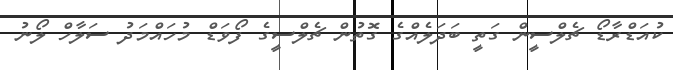
ކުއަޑްރާޑޯ ޗެލްސީން ގަތީ ބަދަލެއްގެ ގޮތުން ޗެލްސީގެ ފޯވަޑް މުހައްމަދު ސަލާހް ލޯނު